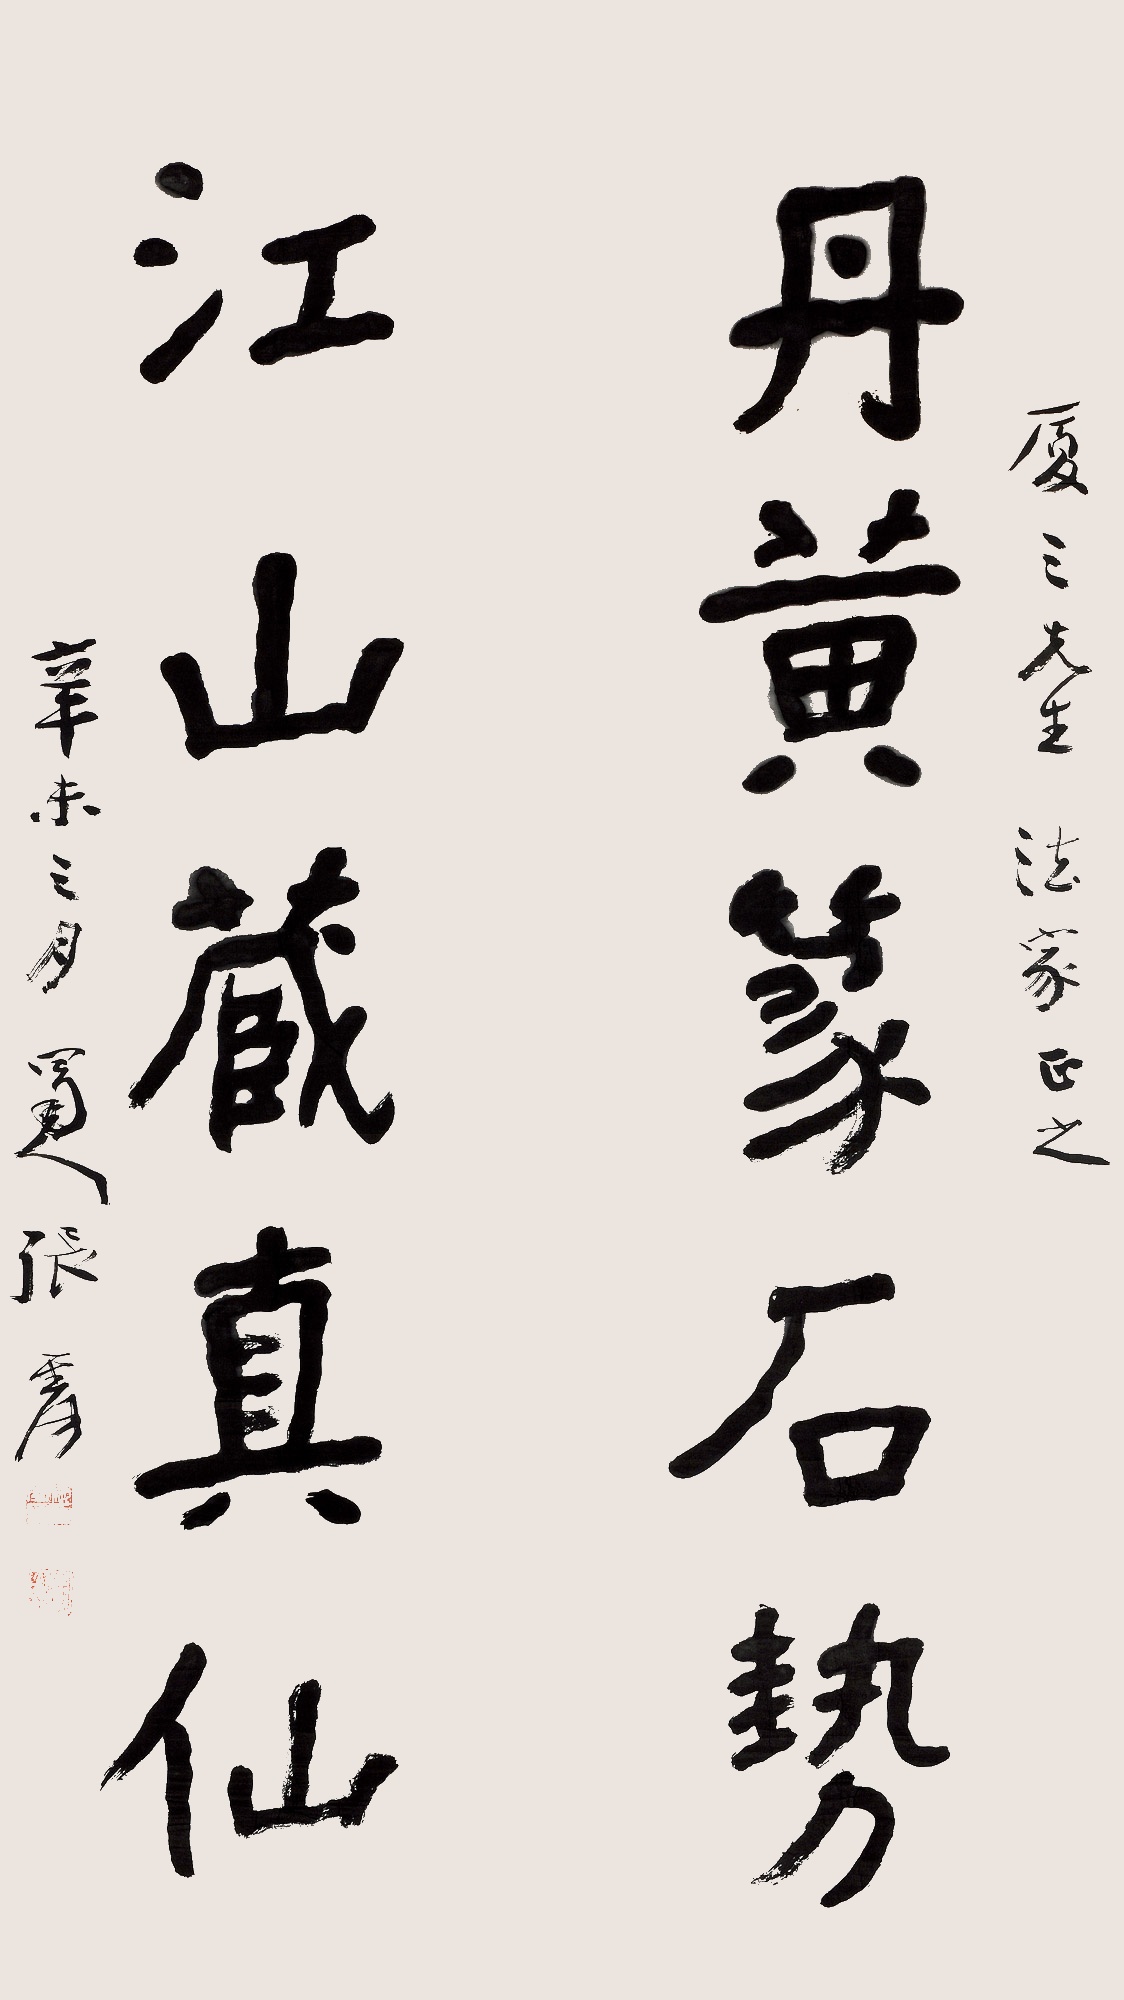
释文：丹黄篆石势，江山藏真仙。厦三先生法家正之，辛未三月，蜀人张爰。